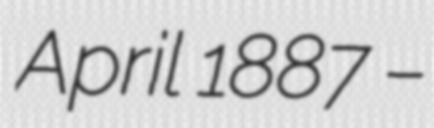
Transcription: April 1887 –